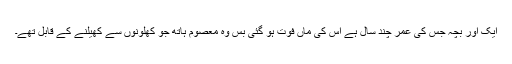
ایک اور بچہ جس کی عمر چند سال ہے اس کی ماں فوت ہو گئی بس وہ معصوم ہاتھ جو کھلونوں سے کھیلنے کے قابل تھے۔